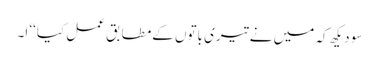
سو دیکھ کہ میں نے تیری باتوں کےمطابق عمل کیا‘‘ ا۔